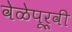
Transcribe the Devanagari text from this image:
वेळेपूर्वी